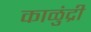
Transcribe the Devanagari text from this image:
काळुंद्री